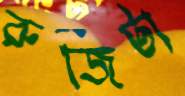
রুজিটা